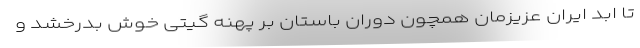
تا ابد ایران عزیزمان همچون دوران باستان بر پهنه گیتی خوش بدرخشد و